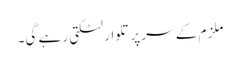
ملزم کے سر پر تلوار لٹکتی رہے گی۔